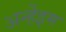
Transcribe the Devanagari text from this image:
अर्न्हेइम